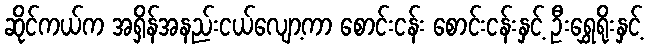
ဆိုင်ကယ်က အရှိန်အနည်းငယ်လျော့ကာ စောင်းငန်း စောင်းငန်းနှင့် ဦးရွှေရိုးနှင့်